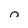
Character: n